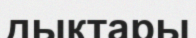
дыктары